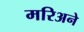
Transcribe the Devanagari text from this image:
मरिअने